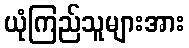
ယုံကြည်သူများအား